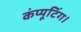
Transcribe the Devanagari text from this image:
कंप्यूटिंग।